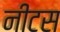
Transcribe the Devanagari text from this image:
नीटस